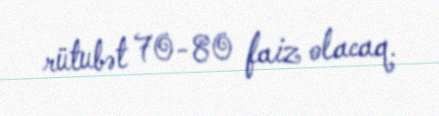
rütubət 70-80 faiz olacaq.